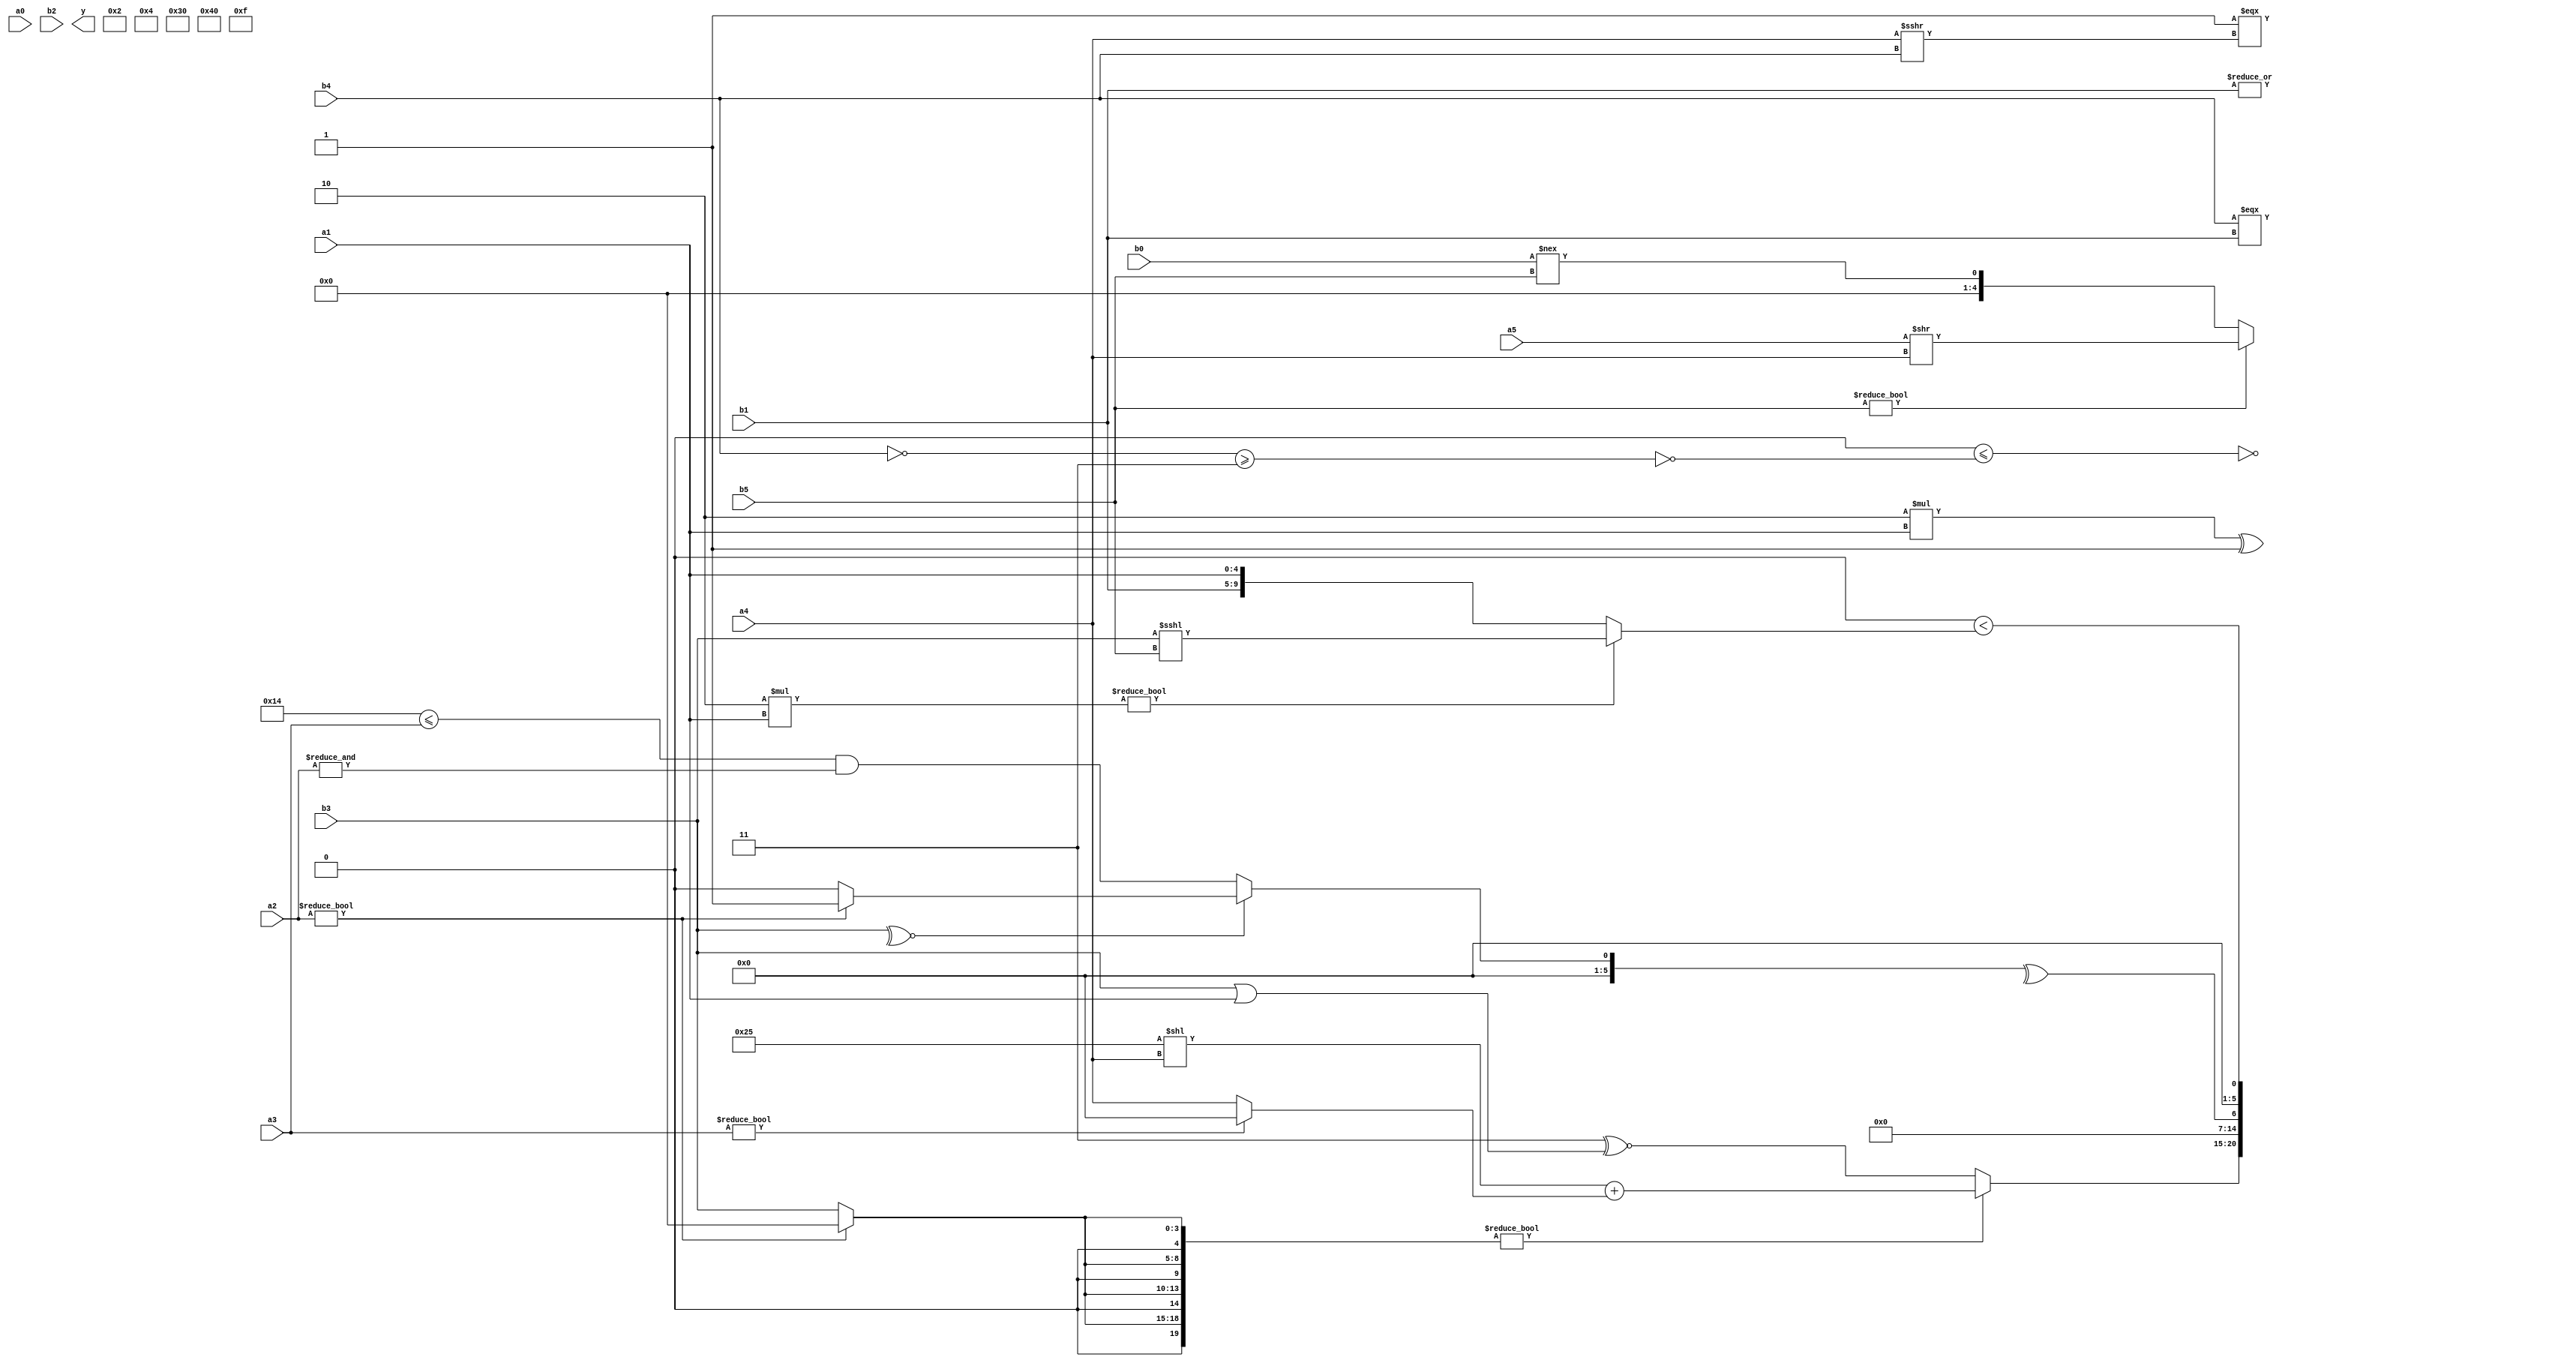
module expression_00015(a0, a1, a2, a3, a4, a5, b0, b1, b2, b3, b4, b5, y);
  input [3:0] a0;
  input [4:0] a1;
  input [5:0] a2;
  input signed [3:0] a3;
  input signed [4:0] a4;
  input signed [5:0] a5;

  input [3:0] b0;
  input [4:0] b1;
  input [5:0] b2;
  input signed [3:0] b3;
  input signed [4:0] b4;
  input signed [5:0] b5;

  wire [3:0] y0;
  wire [4:0] y1;
  wire [5:0] y2;
  wire signed [3:0] y3;
  wire signed [4:0] y4;
  wire signed [5:0] y5;
  wire [3:0] y6;
  wire [4:0] y7;
  wire [5:0] y8;
  wire signed [3:0] y9;
  wire signed [4:0] y10;
  wire signed [5:0] y11;
  wire [3:0] y12;
  wire [4:0] y13;
  wire [5:0] y14;
  wire signed [3:0] y15;
  wire signed [4:0] y16;
  wire signed [5:0] y17;

  output [89:0] y;
  assign y = {y0,y1,y2,y3,y4,y5,y6,y7,y8,y9,y10,y11,y12,y13,y14,y15,y16,y17};

  localparam [3:0] p0 = ((4'sd6)>>(4'd6));
  localparam [4:0] p1 = ((~|((6'd2 * (3'd4))-(~&(!(-2'sd0)))))===(~|(((3'd0)>>(2'd2))|((2'd2)^~(3'd3)))));
  localparam [5:0] p2 = {1{{2{(5'sd5)}}}};
  localparam signed [3:0] p3 = ((!((5'd15)^(4'd14)))>>>(4'sd4));
  localparam signed [4:0] p4 = ((4'd3)!==((5'sd3)||((5'd22)|(5'd29))));
  localparam signed [5:0] p5 = ((^((3'd1)+(-5'sd4)))%(3'd0));
  localparam [3:0] p6 = ({1{(^({4{(-4'sd6)}}|((5'd2)&(-3'sd0))))}}<<(~(~|{2{((-5'sd11)>>>(4'sd2))}})));
  localparam [4:0] p7 = (~|(~((6'd2 * (^(3'd7)))?((5'd10)?(5'sd5):(-5'sd15)):({1{(2'd2)}}===((4'sd3)?(4'd10):(-5'sd5))))));
  localparam [5:0] p8 = {3{((-3'sd1)?(5'sd3):(-3'sd2))}};
  localparam signed [3:0] p9 = ((~(2'sd0))==((-4'sd3)^~(4'd15)));
  localparam signed [4:0] p10 = ({4{{2{(-5'sd6)}}}}>>({3{(5'd23)}}-((5'd5)!=(5'sd13))));
  localparam signed [5:0] p11 = {{(-3'sd1),(-2'sd0),(5'd18)},{{{(4'd10)}}},(&{(-3'sd0),(-5'sd13)})};
  localparam [3:0] p12 = ({{(-4'sd4),(4'd14),(5'sd4)}}>>((5'd7)?(-5'sd2):(3'd3)));
  localparam [4:0] p13 = {3{(|(~&(-{1{(5'd29)}})))}};
  localparam [5:0] p14 = (2'd1);
  localparam signed [3:0] p15 = (5'd31);
  localparam signed [4:0] p16 = (((-3'sd3)||((5'd17)?(-3'sd2):(4'sd7)))?(5'sd2):{1{({2{(-4'sd4)}}==((5'd19)?(4'sd5):(-2'sd1)))}});
  localparam signed [5:0] p17 = (+{(5'd28)});

  assign y0 = $unsigned(((6'd2 * a1)^(p2>p14)));
  assign y1 = ((((p12|p9)|{4{p10}})<=(~^((!b4)>=(p16^p1))))^~{3{(&{p11,p13,a0})}});
  assign y2 = (p15?p9:p13);
  assign y3 = ({2{(3'd2)}}^{{p2,p9,p12}});
  assign y4 = ({(p11?p9:b1),{p3}}&&((p8-p11)));
  assign y5 = {2{({(a4),{1{a1}},(3'sd3)})}};
  assign y6 = (~|p8);
  assign y7 = {((p15?b5:a0)?(a5>>a4):(b0!==b5))};
  assign y8 = (3'd4);
  assign y9 = {4{(^(!(!(|b1))))}};
  assign y10 = {{3{a3}},((2'd1)===(a4>>>b4))};
  assign y11 = (b4===b1);
  assign y12 = (4'sd2);
  assign y13 = ((p9||p12)?(p8<<p10):(p8?p5:p8));
  assign y14 = ({4{(a2?p7:b3)}}?((p2<<a4)+(a3?p10:a4)):((3'sd3)^~(b3||a1)));
  assign y15 = ((~|(&(~^(|((~|{a4,p13,b3})&&$unsigned((^(-{a2,a5})))))))));
  assign y16 = (^({1{(!(~^b3))}}?((p11<=a3)&(&a2)):{1{{(a2?p14:p9)}}}));
  assign y17 = (|((3'sd0)<((4'd2 * a1)?(b3<<<b5):{b1,a1})));
endmodule